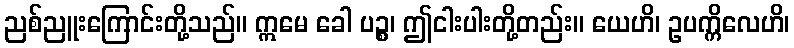
ညစ်ညူးကြောင်းတို့သည်။ ဣမေ ခေါ ပဉ္စ၊ ဤငါးပါးတို့တည်း။ ယေဟိ၊ ဥပက္ကိလေဟိ၊